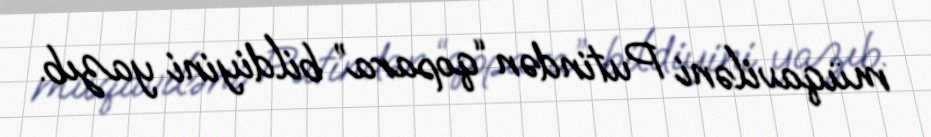
müqaviləni Putindən “qopara” bildiyini yazıb.